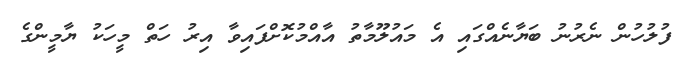
ފުލުހުން ނެރުނު ބަޔާނެއްގައި އެ މައުލޫމާތު އާއްމުކޮށްފައިވާ އިރު ހަތް މީހަކު ޔާމީންގެ